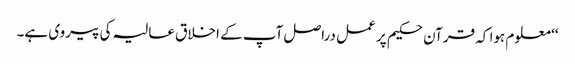
‘‘ معلوم ہوا کہ قرآن حکیم پر عمل دراصل آپ کے اخلاق عالیہ کی پیروی ہے۔